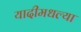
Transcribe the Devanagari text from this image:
यादीमधल्या